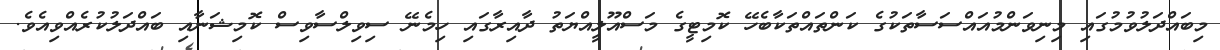
މިބައްދަލުވުމުގައި މިނިވަންމުއައްސަސާތަކުގެ ކަންތައްތަކާބެހޭ ކޮމިޓީގެ މަސްއޫލީއްޔަތު ދާއިރާގައި ހިމެނޭ ސިވިލްސާވިސް ކޮމިޝަނާއި ބައްދަލުކުރެއްވިއެވެ.